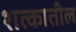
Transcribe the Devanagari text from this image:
शत्कातील